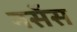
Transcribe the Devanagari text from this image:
नर्सेस